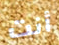
أنت